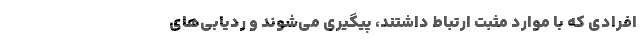
افرادی که با موارد مثبت ارتباط داشتند، پیگیری می‌شوند و ردیابی‌های